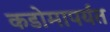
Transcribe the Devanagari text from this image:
कडोमापर्यंत